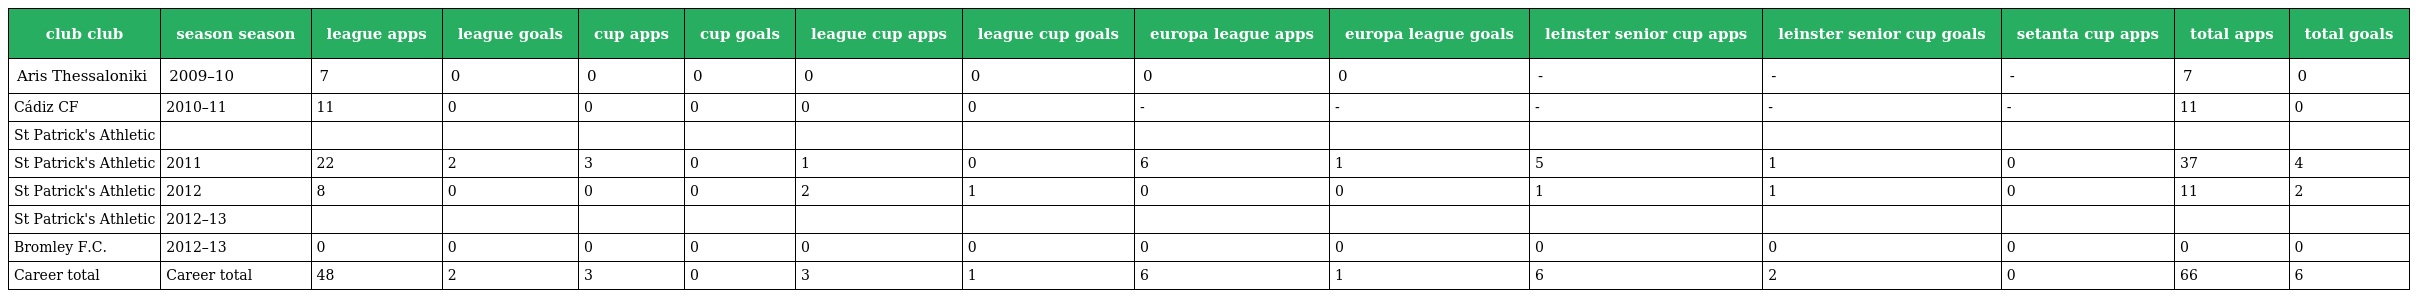
| club club | season season | league apps | league goals | cup apps | cup goals | league cup apps | league cup goals | europa league apps | europa league goals | leinster senior cup apps | leinster senior cup goals | setanta cup apps | total apps | total goals |
 | --- | --- | --- | --- | --- | --- | --- | --- | --- | --- | --- | --- | --- | --- | --- |
 | Aris Thessaloniki | 2009–10 | 7 | 0 | 0 | 0 | 0 | 0 | 0 | 0 | - | - | - | 7 | 0 |
 | Cádiz CF | 2010–11 | 11 | 0 | 0 | 0 | 0 | 0 | - | - | - | - | - | 11 | 0 |
 | St Patrick's Athletic |  |  |  |  |  |  |  |  |  |  |  |  |  |  |
 | St Patrick's Athletic | 2011 | 22 | 2 | 3 | 0 | 1 | 0 | 6 | 1 | 5 | 1 | 0 | 37 | 4 |
 | St Patrick's Athletic | 2012 | 8 | 0 | 0 | 0 | 2 | 1 | 0 | 0 | 1 | 1 | 0 | 11 | 2 |
 | St Patrick's Athletic | 2012–13 |  |  |  |  |  |  |  |  |  |  |  |  |  |
 | Bromley F.C. | 2012–13 | 0 | 0 | 0 | 0 | 0 | 0 | 0 | 0 | 0 | 0 | 0 | 0 | 0 |
 | Career total | Career total | 48 | 2 | 3 | 0 | 3 | 1 | 6 | 1 | 6 | 2 | 0 | 66 | 6 |